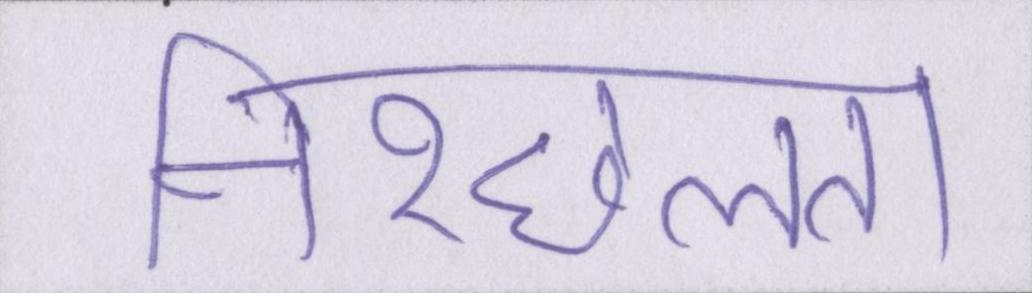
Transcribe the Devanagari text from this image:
निश्छलता